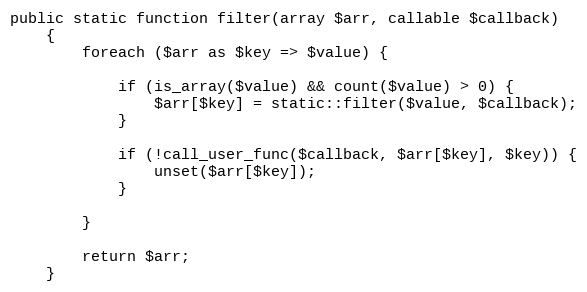
Language: PHP
public static function filter(array $arr, callable $callback)
    {
        foreach ($arr as $key => $value) {

            if (is_array($value) && count($value) > 0) {
                $arr[$key] = static::filter($value, $callback);
            }

            if (!call_user_func($callback, $arr[$key], $key)) {
                unset($arr[$key]);
            }

        }

        return $arr;
    }